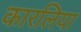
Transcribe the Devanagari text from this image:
कारलिया